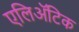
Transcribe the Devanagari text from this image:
एलिअॅटिक